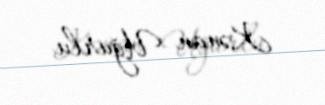
Kənan Uğurlu